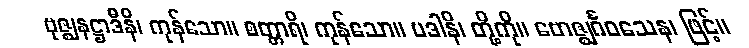
ဗုဇ္ဈနဋ္ဌာဒီနိ၊ ကုန်သော။ စတ္တာရိ၊ ကုန်သော။ ပဒါနိ၊ တို့ကို။ ဗောဇ္ဈင်္ဂဝသေန၊ ဖြင့်။